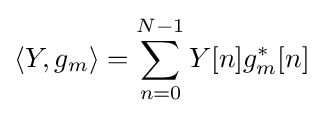
\left\langle Y,g_{m}\right\rangle =\sum _{n=0}^{N-1}{Y[n]}g_{m}^{*}[n]